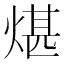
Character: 煁